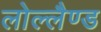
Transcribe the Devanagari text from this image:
लोल्लैण्ड